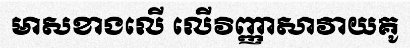
មាសខាងលើ លើវិញ្ញាសាវាយគូ